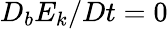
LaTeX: D_{b}E_{k}/Dt=0